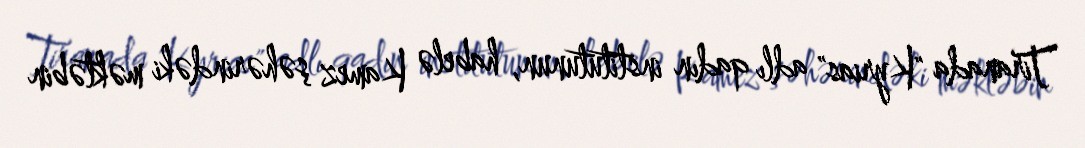
Tiranada "Kyrias" adlı qadın institutunun, habelə Kamez şəhərindəki məktəbin